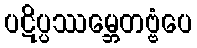
ပဋိပ္ပဿမ္ဘေတဗ္ဗံပေ